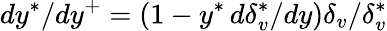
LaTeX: dy^{*}/dy^{+}=\left(1-y^{*}\, d\delta_{v}^{*}/dy\right)\delta_{v}/\delta_{v}^{*}